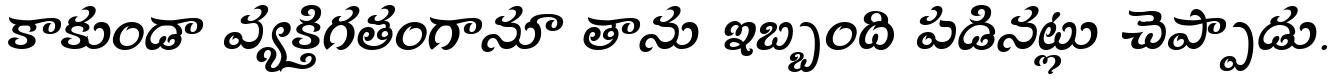
కాకుండా వ్యక్తిగతంగానూ తాను ఇబ్బంది పడినట్లు చెప్పాడు.